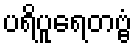
ပရိပူရေတဗ္ဗံ